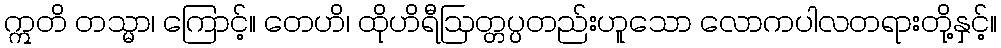
ဣတိ တသ္မာ၊ ကြောင့်။ တေဟိ၊ ထိုဟိရီဩတ္တပ္ပတည်းဟူသော လောကပါလတရားတို့နှင့်။